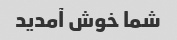
شما خوش آمدید